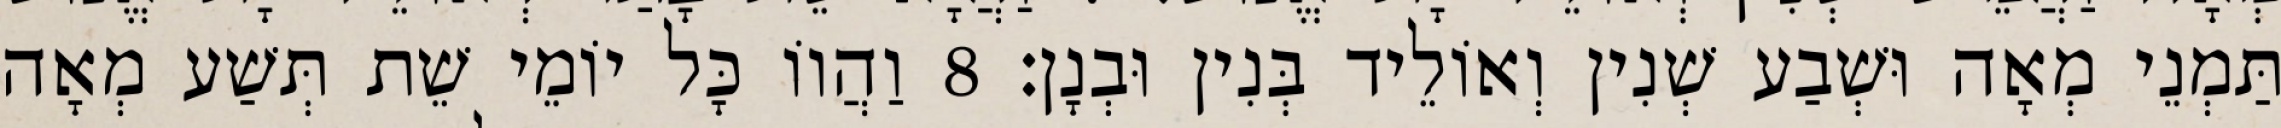
תַּמְנֵי מְאָה וּשְׁבַע שְׁנִין וְאוֹלֵיד בְּנִין וּבְנָן׃ 8 וַהֲווֹ כָּל יוֹמֵי שֵׁת תְּשַׁע מְאָה